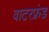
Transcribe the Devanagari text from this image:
वाटरफ्रंड